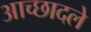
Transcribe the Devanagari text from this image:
आच्छादले